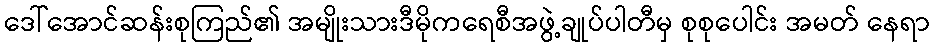
ဒေါ်အောင်ဆန်းစုကြည်၏ အမျိုးသားဒီမိုကရေစီအဖွဲ့ချုပ်ပါတီမှ စုစုပေါင်း အမတ် နေရာ